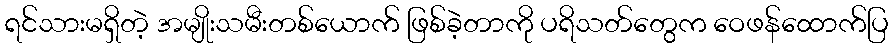
ရင်သားမရှိတဲ့ အမျိုးသမီးတစ်ယောက် ဖြစ်ခဲ့တာကို ပရိသတ်တွေက ဝေဖန်ထောက်ပြ